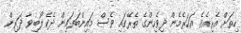
ހިތަށް އެރިއެވެ. އަހަރެމެން ދިވެހިންގެ ތެރޭގައި ވެސް މައިންބަފައިން ދެކެ ލޯބިވާ ދަރިން